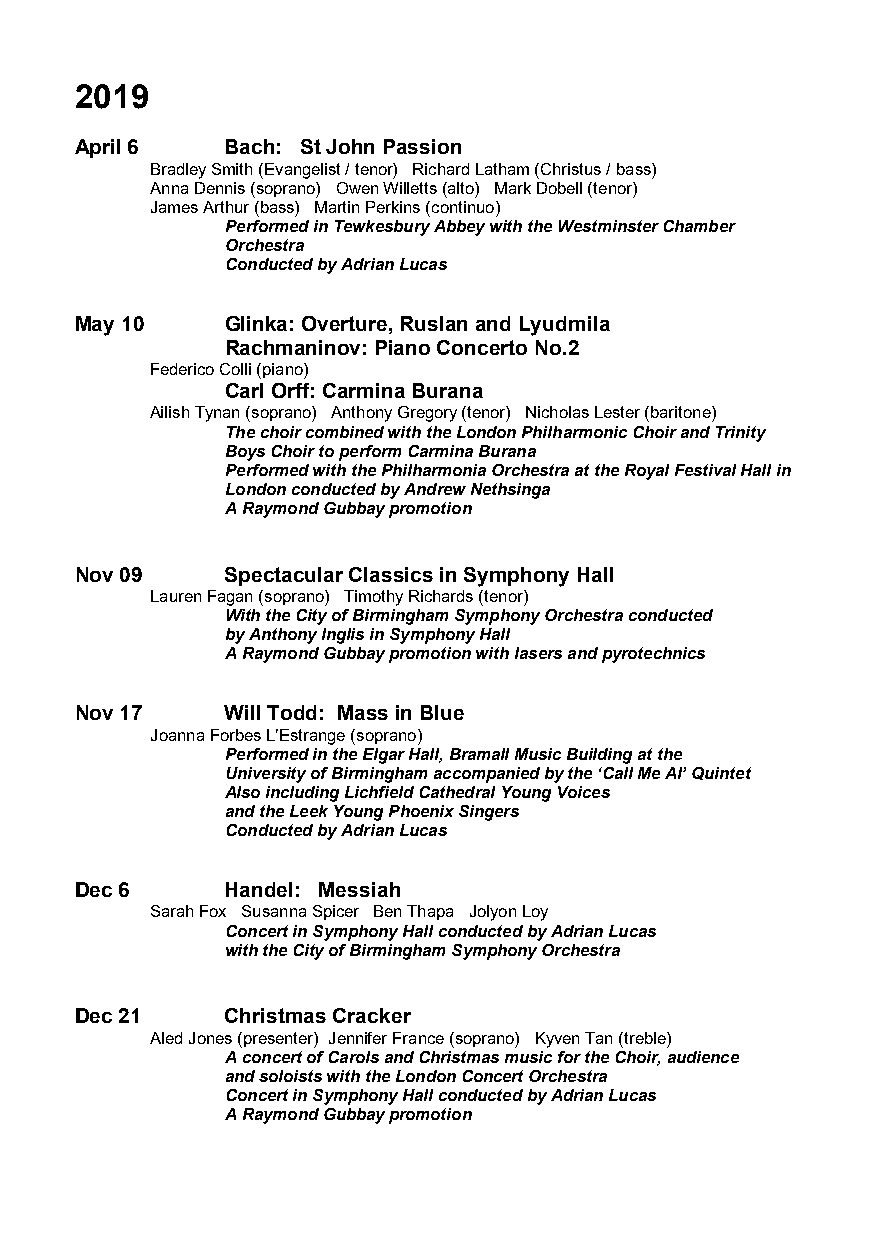
2019
 April 6   Bach: St John Passion
 Bradley Smith (Evangelist / tenor) Richard Latham (Christus / bass)
 Anna Dennis (soprano) Owen Willetts (alto) Mark Dobell (tenor)
 James Arthur (bass) Martin Perkins (continuo)
 Performed in Tewkesbury Abbey with the Westminster Chamber
 Orchestra
 Conducted by Adrian Lucas
 May 10    Glinka: Overture, Ruslan and Lyudmila
 Rachmaninov: Piano Concerto No.2
 Federico Colli (piano)
 Carl Orff: Carmina Burana
 Ailish Tynan (soprano) Anthony Gregory (tenor) Nicholas Lester (baritone)
 The choir combined with the London Philharmonic Choir and Trinity
 Boys Choir to perform Carmina Burana
 Performed with the Philharmonia Orchestra at the Royal Festival Hall in
 London conducted by Andrew Nethsinga
 A Raymond Gubbay promotion
 Nov 09    Spectacular Classics in Symphony Hall
 Lauren Fagan (soprano) Timothy Richards (tenor)
 With the City of Birmingham Symphony Orchestra conducted
 by Anthony Inglis in Symphony Hall
 A Raymond Gubbay promotion with lasers and pyrotechnics
 Nov 17    Will Todd: Mass in Blue
 Joanna Forbes L’Estrange (soprano)
 Performed in the Elgar Hall, Bramall Music Building at the
 University of Birmingham accompanied by the ‘Call Me Al’ Quintet
 Also including Lichfield Cathedral Young Voices
 and the Leek Young Phoenix Singers
 Conducted by Adrian Lucas
 Dec 6     Handel: Messiah
 Sarah Fox Susanna Spicer Ben Thapa Jolyon Loy
 Concert in Symphony Hall conducted by Adrian Lucas
 with the City of Birmingham Symphony Orchestra
 Dec 21    Christmas Cracker
 Aled Jones (presenter) Jennifer France (soprano) Kyven Tan (treble)
 A concert of Carols and Christmas music for the Choir, audience
 and soloists with the London Concert Orchestra
 Concert in Symphony Hall conducted by Adrian Lucas
 A Raymond Gubbay promotion